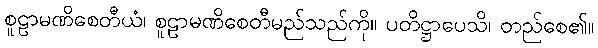
စူဠာမဏိစေတီယံ၊ စူဠာမဏိစေတီမည်သည်ကို။ ပတိဋ္ဌာပေသိ၊ တည်စေ၏။